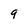
Character: 9